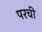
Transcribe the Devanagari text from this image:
परची